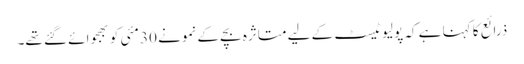
ذرائع کا کہنا ہے کہ پولیو ٹیسٹ کے لیے متاثرہ بچے کے نمونے 30 مئی کو بھجوائے گئے تھے۔